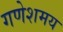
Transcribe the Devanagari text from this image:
गणेशमय